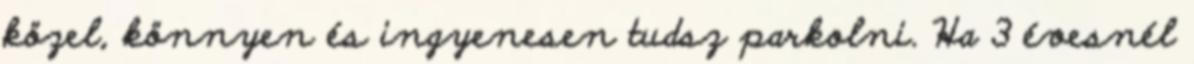
közel, könnyen és ingyenesen tudsz parkolni. Ha 3 évesnél